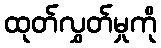
ထုတ်လွှတ်မှုကို